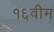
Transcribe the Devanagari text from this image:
१६वीम